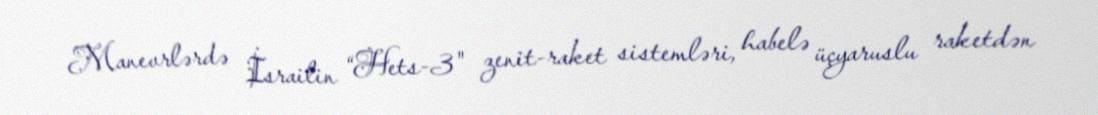
Manevrlərdə İsrailin “Hets-3" zenit-raket sistemləri, habelə üçyaruslu raketdən